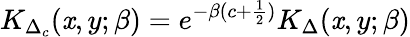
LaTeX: K_{\Delta_{c}}(\mathit{x},y;\beta)=e^{-\beta(c+{\frac{{1}}{{2}}})}K_{\Delta}(\mathit{x},y;\beta)